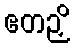
ဧတဉှိ